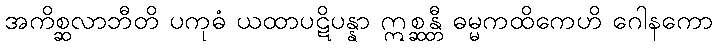
အကိစ္ဆလာဘီတိ ပကုဓံ ယထာပဋိပန္နာ ဣစ္ဆန္တီ ဓမ္မကထိကေဟိ ဂေါနကော